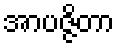
အာပဇ္ဇိတာ